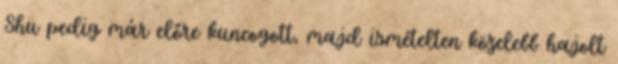
Shu pedig már előre kuncogott, majd ismételten közelebb hajolt